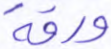
ورقة